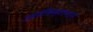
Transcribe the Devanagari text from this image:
उझबेकिस्तानाने